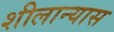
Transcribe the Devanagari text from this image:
शीलान्यास